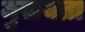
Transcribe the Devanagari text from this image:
मुखयता